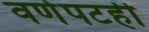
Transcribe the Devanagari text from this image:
वर्णपटही